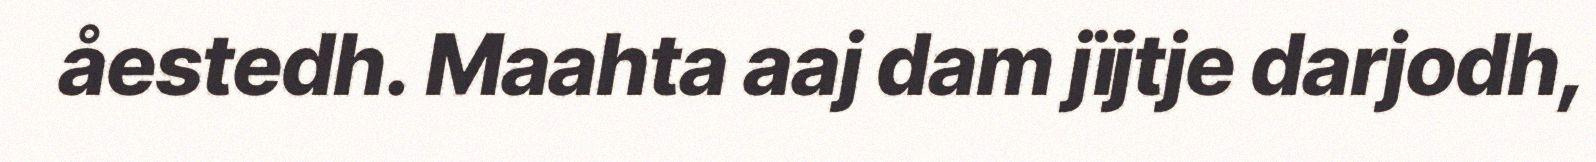
åestedh. Maahta aaj dam jïjtje darjodh,